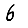
Digit: 6